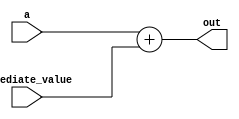
module addiu(a,immediate_value,out);
input [31:0]a,immediate_value;
output reg [31:0] out;
always @*
out=a+immediate_value;
endmodule